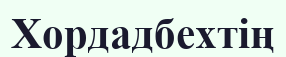
Хордадбехтің